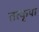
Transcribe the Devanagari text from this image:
तत्कृपां